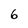
Character: 6